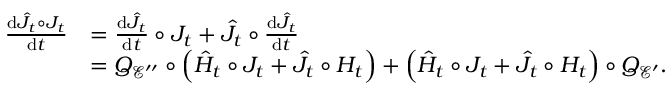
\begin{array} { r l } { \frac { \mathrm { d } \hat { J } _ { t } \circ J _ { t } } { \mathrm { d } t } } & { = \frac { \mathrm { d } \hat { J } _ { t } } { \mathrm { d } t } \circ J _ { t } + \hat { J } _ { t } \circ \frac { \mathrm { d } \hat { J } _ { t } } { \mathrm { d } t } } \\ & { = Q _ { \mathcal { E } ^ { \prime \prime } } \circ \left( \hat { H } _ { t } \circ J _ { t } + \hat { J } _ { t } \circ H _ { t } \right) + \left( \hat { H } _ { t } \circ J _ { t } + \hat { J } _ { t } \circ H _ { t } \right) \circ Q _ { \mathcal { E } ^ { \prime } } . } \end{array}